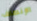
الإنصاف